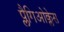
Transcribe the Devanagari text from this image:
प्लैगिओक्लेस